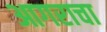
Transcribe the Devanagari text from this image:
आगराचा